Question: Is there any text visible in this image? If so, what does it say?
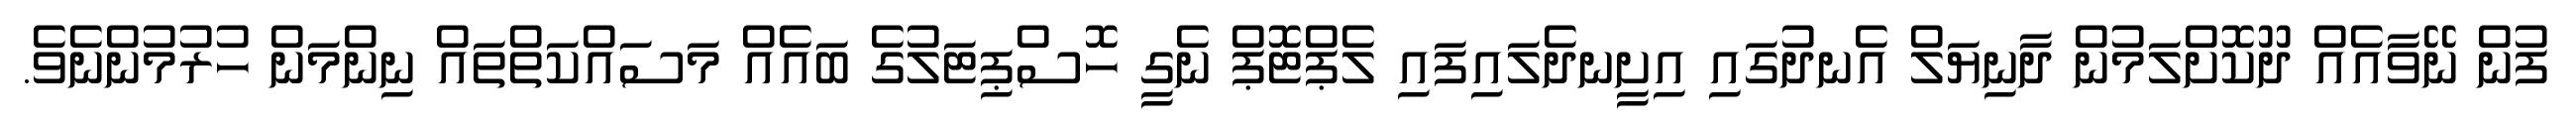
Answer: ފުން ނޭވާއެއް ދޫކޮށްލަމުން ދާނިޔަލް އެނދުގައި އިށީނދެލައިފައި ލެޕްޓޮޕް ނެގީ ހޮސްޕިޓަލުގެ ބައެއް މަސައްކަތްތައް ނިންމަން ހުރުމުންނެވެ.